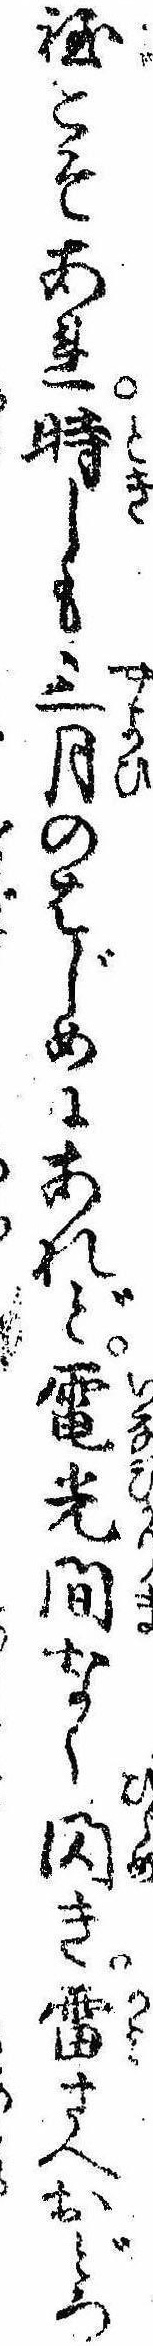
程こそあれ時しも三月のはじめにあれど電光間なく閃き雷さへおどろ